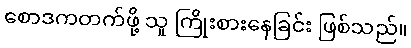
စောဒကတက်ဖို့ သူ ကြိုးစားနေခြင်း ဖြစ်သည်။